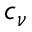
c _ { \nu }